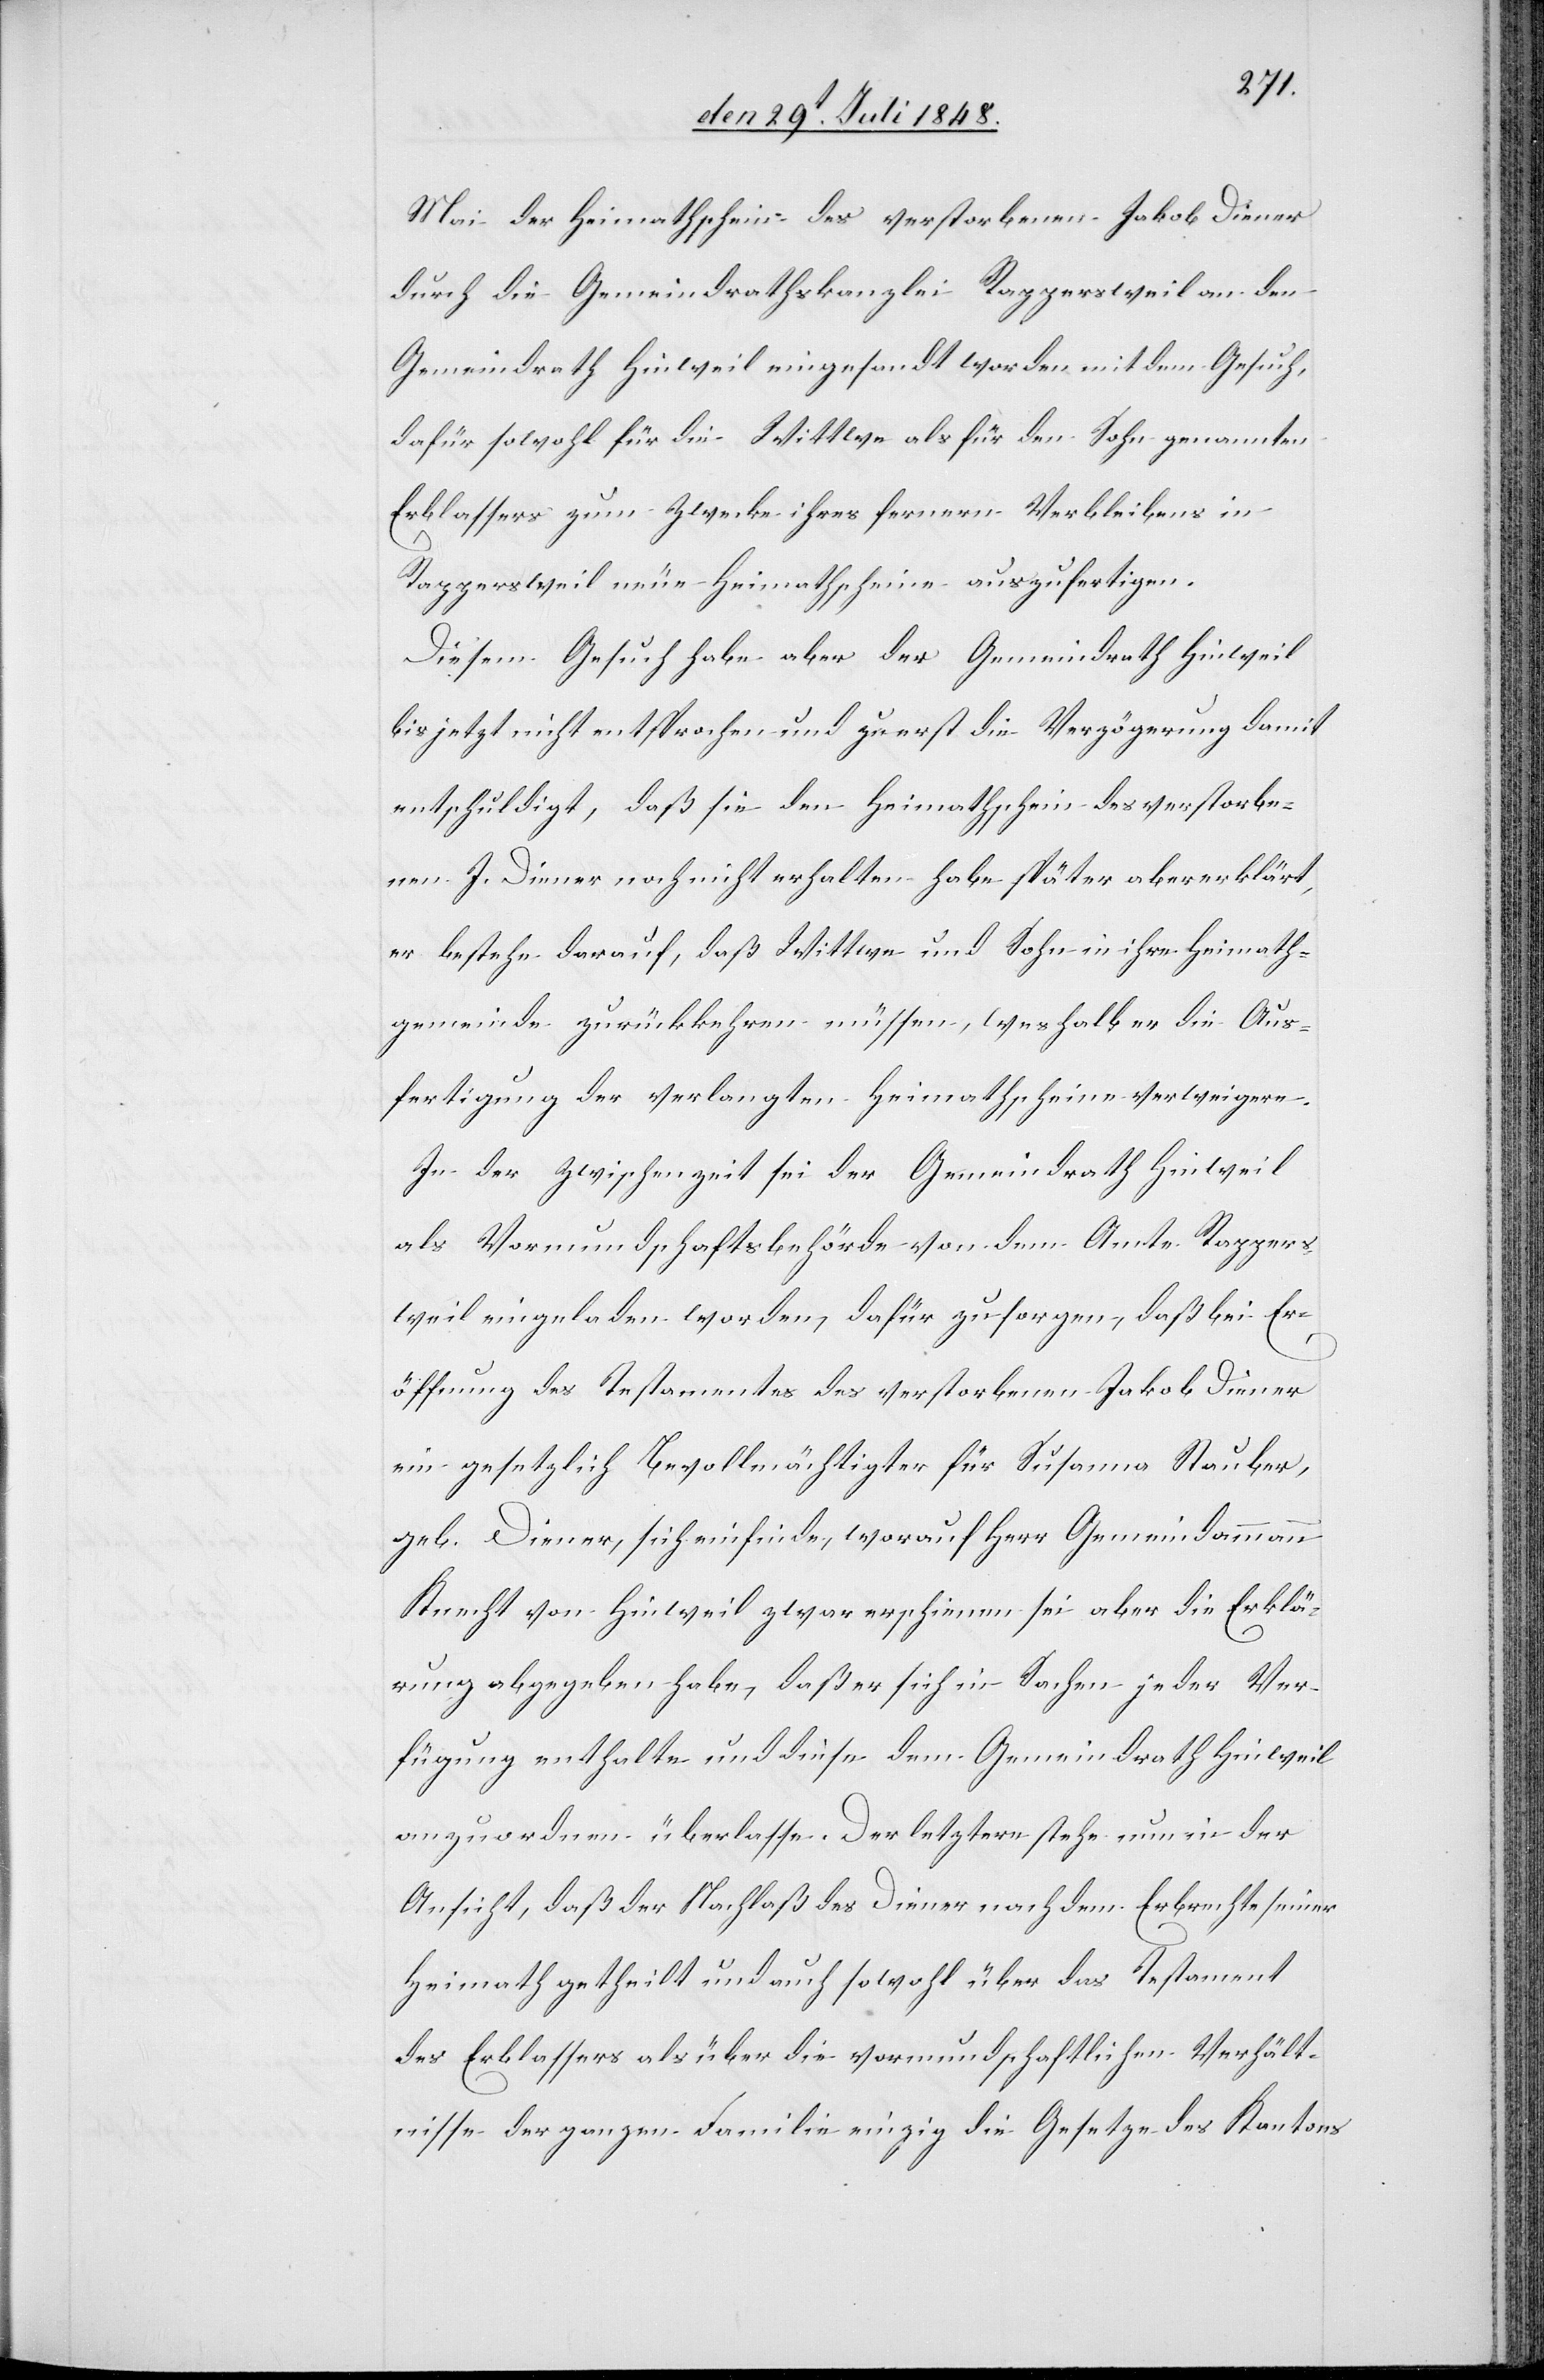
Mai der Heimathschein des verstorbenen Jakob Diener
durch die Gemeindrathskanzlei Rappersweil an den
Gemeindrath Hinweil eingesandt worden mit dem Gesuch,
dafür sowohl für die Wittwe als für den Sohn genannten
Erblassers zum Zwecke ihres fernern Verbleibens in
Rappersweil neue Heimathscheine auszufertigen.
Diesem Gesuch habe aber der Gemeindrath Hinweil
bis jetzt nicht entsprochen und zuerst die Verzögerung damit
entschuldigt, daß sie den Heimathschein des verstorbe¬
nen J. Diener noch nicht erhalten habe später aber erklärt,
er bestehe darauf, daß Wittwe und Sohn in ihre Heimath¬
gemeinde zurückkehren müssen, weshalb er die Aus¬
fertigung der verlangten Heimathscheine verweigere.
In der Zwischenzeit sei der Gemeindrath Hinweil
als Vormundschaftsbehörde von dem Amte Rappers¬
weil eingeladen worden, dafür zu sorgen, daß bei Er¬
öffnung des Testamentes des verstorbenen Jakob Diener
ein gesetzlich Bevollmächtigter für Susanna Stauber,
geb. Diener, sich einfinde, worauf Herr Gemeindammann
Knecht von Hinweil zwar erschienen sei aber die Erklä¬
rung abgegeben habe, daß er sich in Sachen jeder Ver¬
fügung enthalte und diese dem Gemeindrath Hinweil
anzuordnen überlasse. Der letztere stehe nun in der
Ansicht, daß der Nachlaß des Diener nach dem Erbrechte seiner
Heimath getheilt und auch sowohl über das Testament
des Erblassers als über die vormundschaftlichen Verhält¬
nisse der ganzen Familie einzig die Gesetze des Kantons